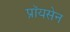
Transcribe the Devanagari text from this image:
प्रॉयसेन